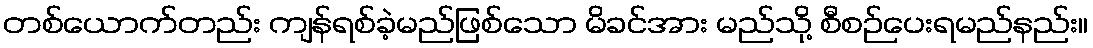
တစ်ယောက်တည်း ကျန်ရစ်ခဲ့မည်ဖြစ်သော မိခင်အား မည်သို့ စီစဉ်ပေးရမည်နည်း။